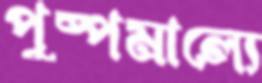
পুষ্পমাল্যে